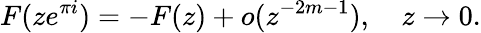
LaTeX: F(ze^{\pi i})=-F(z)+o(z^{-2m-1}),\quad z\to 0.